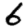
Digit: 6